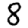
Digit: 8